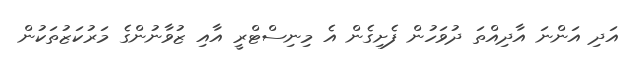
އަދި އަންނަ އާދިއްތަ ދުވަހުން ފެށިގެން އެ މިނިސްޓްރީ އާއި ޒުވާނުންގެ މަރުކަޒުތަކުން